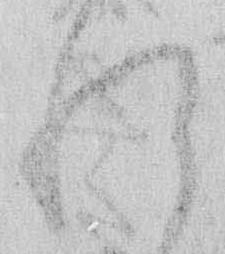
れ